Indian journal of veterinary science and animal husbandry - Volume 6,
Year: 1936
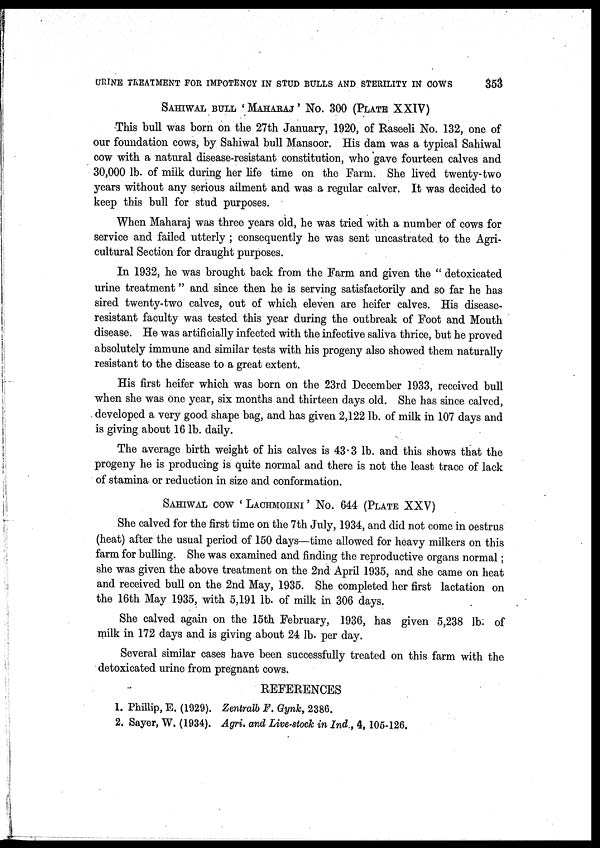
URINE TREATMENT FOR IMPOTENCY IN STUD BULLS AND STERILITY IN COWS
353
SAHIWAL BULL ' MAHARAJ ' NO. 300 (PLATE XXIV)
This bull was born on the 27th January, 1920, of Raseeli No. 132, one of
our foundation cows, by Sahiwal bull Mansoor. His dam was a typical Sahiwal
cow with a natural disease-resistant constitution, who gave fourteen calves and
30,000 lb. of milk during her life time on the Farm. She lived twenty-two
years without any serious ailment and was a regular calver. It was decided to
keep this bull for stud purposes.
When Maharaj was three years old, he was tried with a number of cows for
service and failed utterly ; consequently he was sent uncastrated to the Agri-
cultural Section for draught purposes.
In 1932, he was brought back from the Farm and given the " detoxicated
urine treatment" and since then he is serving satisfactorily and so far he has
sired twenty-two calves, out of which eleven are heifer calves. His disease-
resistant faculty was tested this year during the outbreak of Foot and Mouth
disease. He was artificially infected with the infective saliva thrice, but he proved
absolutely immune and similar tests with his progeny also showed them naturally
resistant to the disease to a great extent.
His first heifer which was born on the 23rd December 1933, received bull
when she was one year, six months and thirteen days old. She has since calved,
developed a very good shape bag, and has given 2,122 lb. of milk in 107 days and
is giving about 16 lb. daily.
The average birth weight of his calves is 43.3 lb. and this shows that the
progeny he is producing is quite normal and there is not the least trace of lack
of stamina or reduction in size and conformation.
SAHIWAL COW ' LACHMOHNI ' NO. 644 (PLATE XXV)
She calved for the first time on the 7th July, 1934, and did not come in oestrus
(heat) after the usual period of 150 days—time allowed for heavy milkers on this
farm for bulling. She was examined and finding the reproductive organs normal;
she was given the above treatment on the 2nd April 1935, and she came on heat
and received bull on the 2nd May, 1935. She completed her first lactation on
the 16th May 1935, with 5,191 lb. of milk in 306 days.
She calved again on the 15th February, 1936, has given 5,238 lb. of
milk in 172 days and is giving about 24 lb. per day.
Several similar cases have been successfully treated on this farm with the
detoxicated urine from pregnant cows.
REFERENCES
1. Phillip, E. (1929). Zentralb F. Gynk, 2386.
2. Sayer, W. (1934). Agri. and Live-stock in Ind., 4, 105-126.